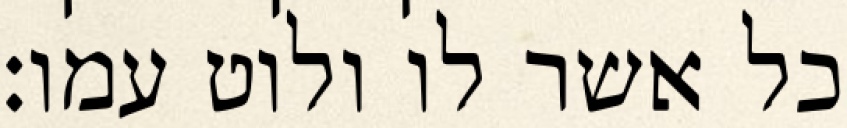
כל אשר לו ולוט עמו׃